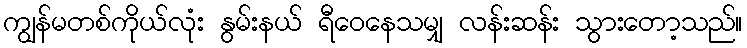
ကျွန်မတစ်ကိုယ်လုံး နွမ်းနယ် ရီဝေနေသမျှ လန်းဆန်း သွားတော့သည်။